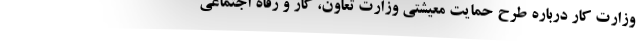
وزارت کار درباره طرح حمایت معیشتی وزارت تعاون، کار و رفاه اجتماعی